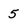
Character: 5